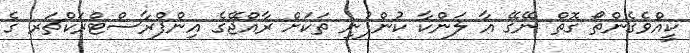
ކީއްވެގެންތޯ ގޮތް ނޭގޭ އާ ލަންކާ ކުންފުނި ތަކަށް ރާއްޖޭގެ އިންފްރާސްޓްރަކްޗަރ ގެ